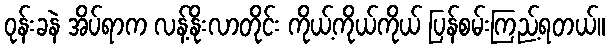
ဝုန်းခနဲ အိပ်ရာက လန့်နိုးလာတိုင်း ကိုယ့်ကိုယ်ကိုယ် ပြန်စမ်းကြည့်ရတယ်။